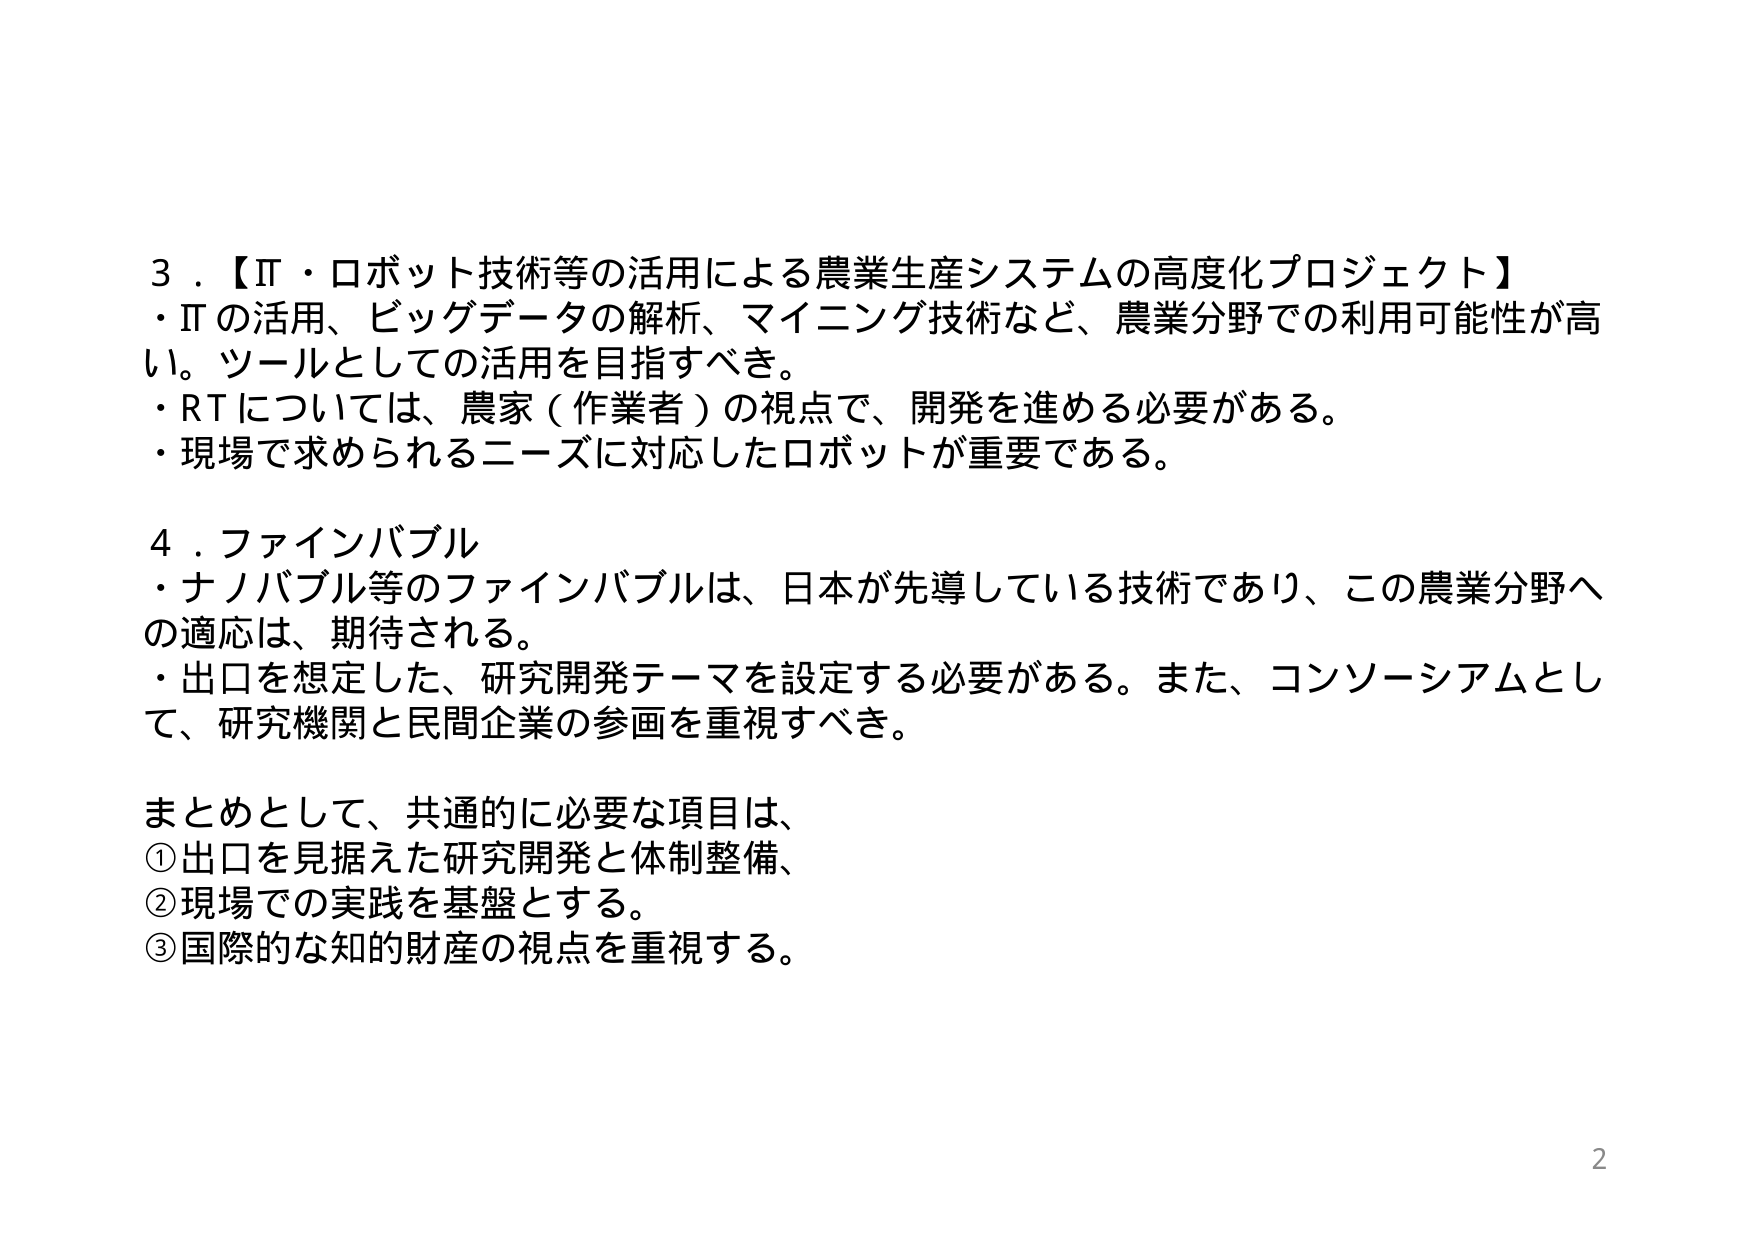
３．【IT・ロボット技術等の活用による農業生産システムの高度化プロジェクト】
・ITの活用、ビッグデータの解析、マイニング技術など、農業分野での利用可能性が高い。ツールとしての活用を目指すべき。
・RTについては、農家（作業者）の視点で、開発を進める必要がある。
・現場で求められるニーズに対応したロボットが重要である。

４．ファインバブル
・ナノバブル等のファインバブルは、日本が先導している技術であり、この農業分野への適応は、期待される。
・出口を想定した、研究開発テーマを設定する必要がある。また、コンソーシアムとして、研究機関と民間企業の参画を重視すべき。

まとめとして、共通的に必要な項目は、
①出口を見据えた研究開発と体制整備、
②現場での実践を基盤とする。
③国際的な知的財産の視点を重視する。

2